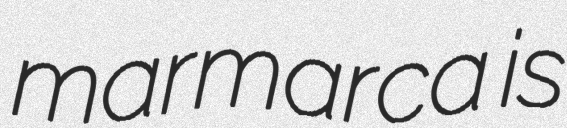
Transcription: marmarca is